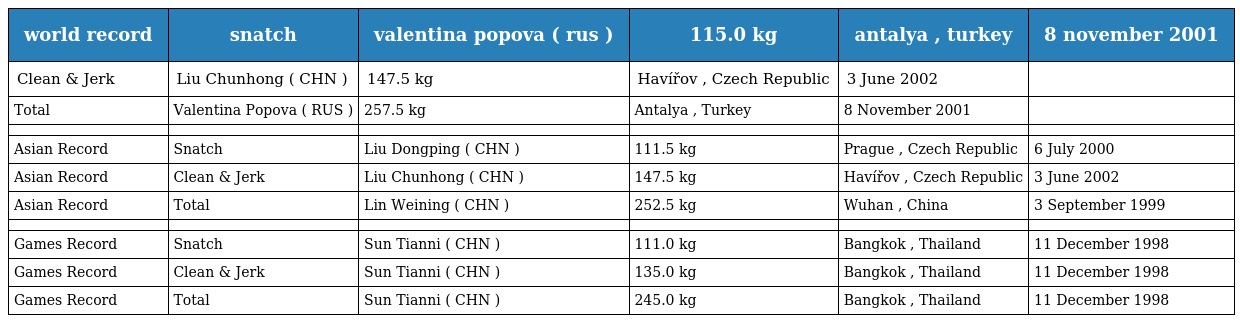
| world record | snatch | valentina popova ( rus ) | 115.0 kg | antalya , turkey | 8 november 2001 |
 | --- | --- | --- | --- | --- | --- |
 | Clean & Jerk | Liu Chunhong ( CHN ) | 147.5 kg | Havířov , Czech Republic | 3 June 2002 |  |
 | Total | Valentina Popova ( RUS ) | 257.5 kg | Antalya , Turkey | 8 November 2001 |  |
 |  |  |  |  |  |  |
 | Asian Record | Snatch | Liu Dongping ( CHN ) | 111.5 kg | Prague , Czech Republic | 6 July 2000 |
 | Asian Record | Clean & Jerk | Liu Chunhong ( CHN ) | 147.5 kg | Havířov , Czech Republic | 3 June 2002 |
 | Asian Record | Total | Lin Weining ( CHN ) | 252.5 kg | Wuhan , China | 3 September 1999 |
 |  |  |  |  |  |  |
 | Games Record | Snatch | Sun Tianni ( CHN ) | 111.0 kg | Bangkok , Thailand | 11 December 1998 |
 | Games Record | Clean & Jerk | Sun Tianni ( CHN ) | 135.0 kg | Bangkok , Thailand | 11 December 1998 |
 | Games Record | Total | Sun Tianni ( CHN ) | 245.0 kg | Bangkok , Thailand | 11 December 1998 |